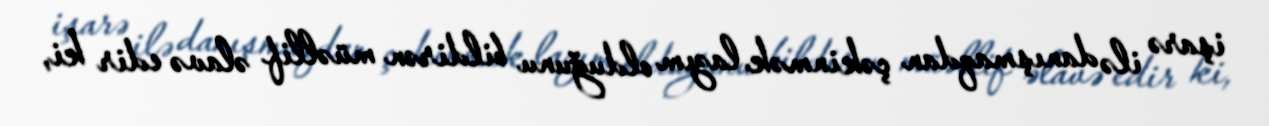
işarə ilə danışmaqdan çəkinmək lazım olduğunu bildirən müəllif əlavə edir ki,